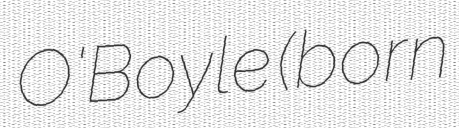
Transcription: O'Boyle (born